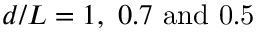
d / L = 1 , \ 0 . 7 \ \mathrm { { a n d } \ 0 . 5 }